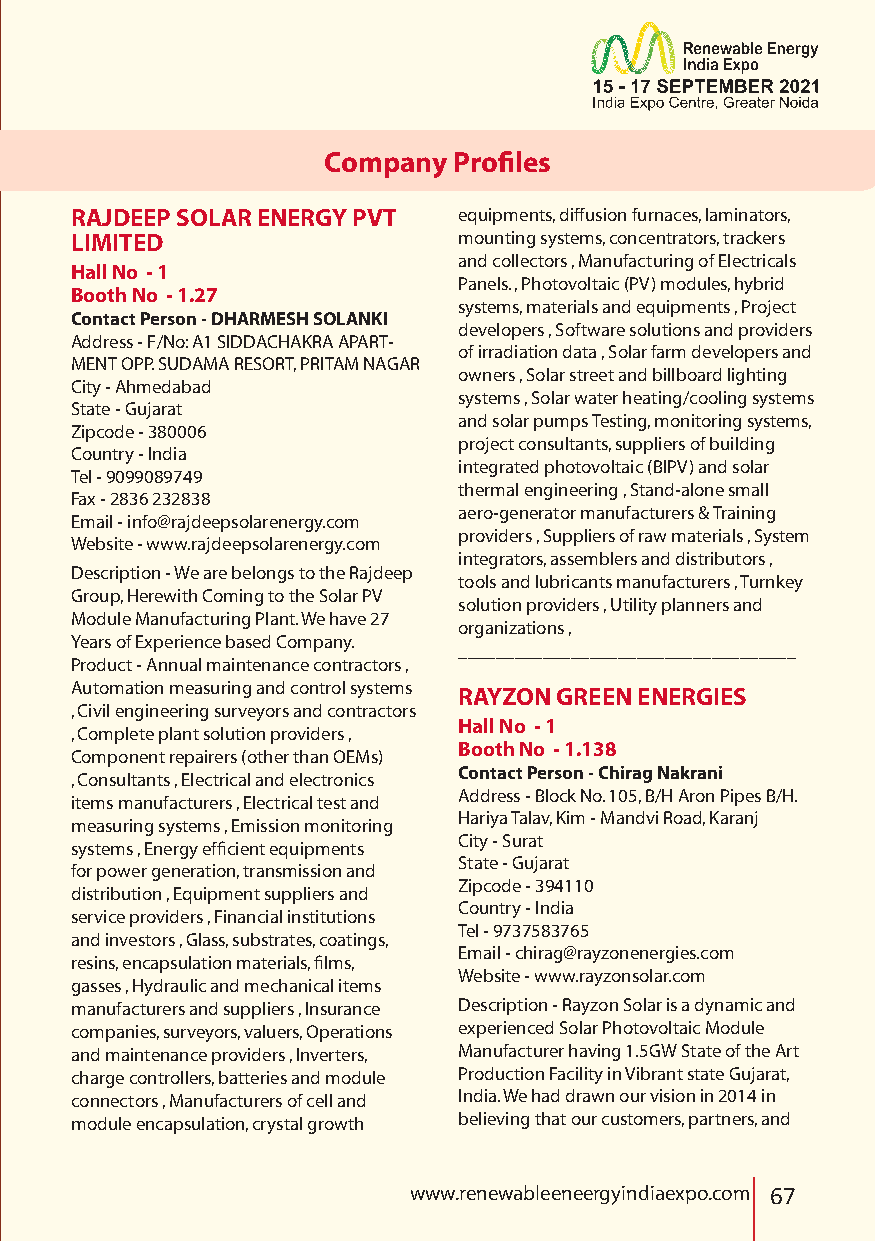
Company  Profiles
 RAJDEEP SOLAR ENERGY PVT equipments, diffusion furnaces, laminators,
 LIMITED                  mounting systems, concentrators, trackers
 and collectors , Manufacturing of Electricals
 Hall No - 1
 Panels. , Photovoltaic (PV) modules, hybrid
 Booth No - 1.27
 systems, materials and equipments , Project
 Contact Person - DHARMESH SOLANKI
 developers , Software solutions and providers
 Address - F/No: A1 SIDDACHAKRA APART-
 of irradiation data , Solar farm developers and
 MENT OPP. SUDAMA RESORT, PRITAM NAGAR
 owners , Solar street and billboard lighting
 City - Ahmedabad
 systems , Solar water heating/cooling systems
 State - Gujarat
 and solar pumps Testing, monitoring systems,
 Zipcode - 380006
 project consultants, suppliers of building
 Country - India
 integrated photovoltaic (BIPV) and solar
 Tel - 9099089749
 thermal engineering , Stand-alone small
 Fax - 2836 232838
 aero-generator manufacturers & Training
 Email - info@rajdeepsolarenergy.com
 providers , Suppliers of raw materials , System
 Website - www.rajdeepsolarenergy.com
 integrators, assemblers and distributors ,
 Description - We are belongs to the Rajdeep
 tools and lubricants manufacturers , Turnkey
 Group, Herewith Coming to the Solar PV
 solution providers , Utility planners and
 Module Manufacturing Plant. We have 27
 organizations ,
 Years of Experience based Company.
 ____________________________________
 Product - Annual maintenance contractors ,
 Automation measuring and control systems RAYZON GREEN ENERGIES
 , Civil engineering surveyors and contractors
 Hall No - 1
 , Complete plant solution providers ,
 Booth No - 1.138
 Component repairers (other than OEMs)
 Contact Person - Chirag Nakrani
 , Consultants , Electrical and electronics
 Address - Block No. 105, B/H Aron Pipes B/H.
 items manufacturers , Electrical test and
 Hariya Talav, Kim - Mandvi Road, Karanj
 measuring systems , Emission monitoring
 City - Surat
 systems , Energy efficient equipments
 State - Gujarat
 for power generation, transmission and
 Zipcode - 394110
 distribution , Equipment suppliers and
 Country - India
 service providers , Financial institutions
 Tel - 9737583765
 and investors , Glass, substrates, coatings,
 Email - chirag@rayzonenergies.com
 resins, encapsulation materials, films,
 Website - www.rayzonsolar.com
 gasses , Hydraulic and mechanical items
 manufacturers and suppliers , Insurance Description - Rayzon Solar is a dynamic and
 companies, surveyors, valuers, Operations experienced Solar Photovoltaic Module
 and maintenance providers , Inverters, Manufacturer having 1.5GW State of the Art
 charge controllers, batteries and module Production Facility in Vibrant state Gujarat,
 connectors , Manufacturers of cell and India. We had drawn our vision in 2014 in
 module encapsulation, crystal growth believing that our customers, partners, and
 www.renewableeneergyindiaexpo.com 67